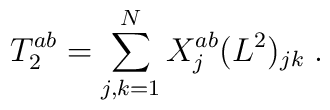
T_2^{ab}=\sum_{j,k=1}^{N}X^{ab}_j (L^2)_{jk}\;.